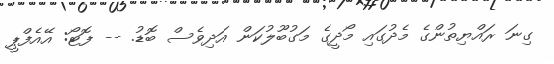
ގިނަ ރައްޔިތުންގެ މެދުގައި މޯދީގެ މަގުބޫލުކަން އަދިވެސް ބޮޑު. -- ފޮޓޯ: އޭއެފްޕީ